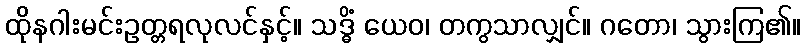
ထိုနဂါးမင်းဥတ္တရလုလင်နှင့်။ သဒ္ဓိံ ယေဝ၊ တကွသာလျှင်။ ဂတော၊ သွားကြ၏။